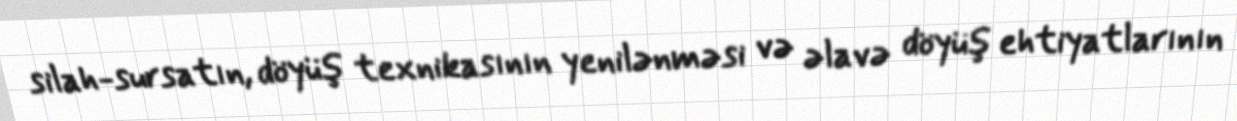
silah-sursatın, döyüş texnikasının yenilənməsi və əlavə döyüş ehtiyatlarının